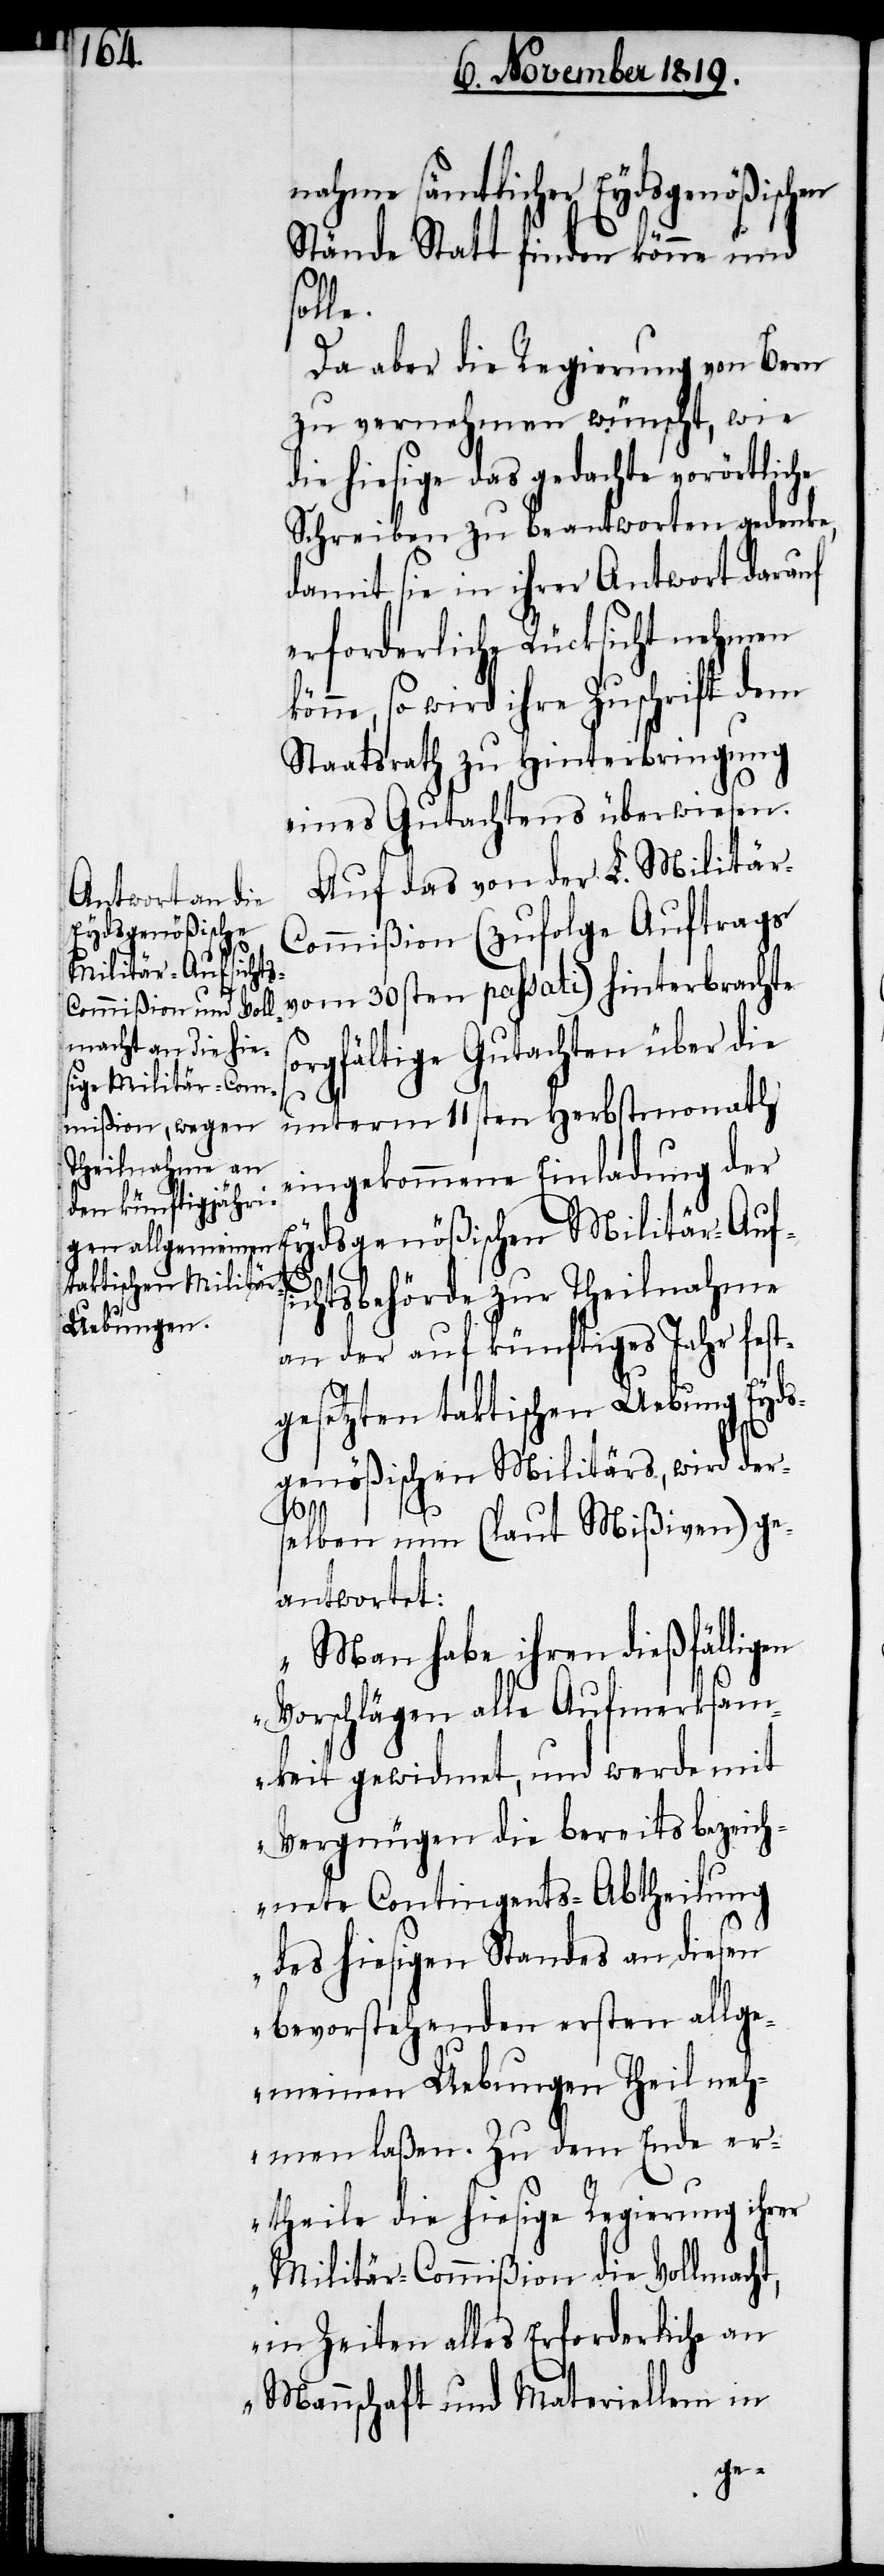
nahme sämtlicher Eydsgenößischen
Stände Statt finden könne und
solle.
Da aber die Regierung von Bern
zu vernehmen wünscht, wie
die hiesige das gedachte vorörtliche
Schreiben zu beantworten gedenke,
damit sie in ihrer Antwort darauf
erforderliche Rücksicht nehmen
könne, so wird ihre Zuschrift dem
Staatsrath zu Hinterbringung
eines Gutachtens überwiesen.
Auf das von der L. Militär-C¬
ommißion (zufolge Auftrags
vom 30sten passati) hinterbrachte
orgfältige Gutachten über die
s¬
unterm 11sten Herbstmonath
eingekommene Einladung der
Eydsgenößischen Militär-Aufs¬
ichtsbehörde zur Theilnahme
an der auf künftiges Jahr fest¬
gesetzten taktischen Uebung Eyds¬
genößischen Militärs, wird der¬
selben nun (laut Mißiven) ge¬
antwortet:
„Man habe ihren dießfälligen
Vorschlägen alle Aufmerksam¬
keit gewidmet, und werde mit
Vergnügen die bereits bezeich¬
nete Contingents-Abtheilung
des hiesigen Standes an diesen
bevorstehenden ersten allge¬
meinen Uebungen Theil neh¬
men laßen. Zu dem Ende er¬
theile die hiesige Regierung ihrer
Militär-Commißion die Vollmacht,
in Zeiten alles Erforderliche an
Mannschaft und Materiellem in